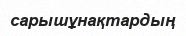
сарышұнақтардың